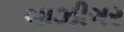
બાઝીગર